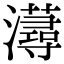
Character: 𤃂